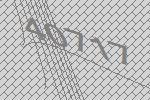
40717